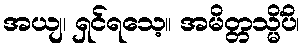
အယျ၊ ရှင်ရသေ့။ အမိတ္တသ္မိံပိ၊